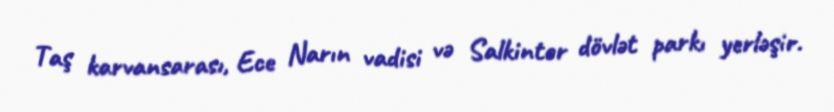
Taş karvansarası, Ece Narın vadisi və Salkintor dövlət parkı yerləşir.